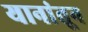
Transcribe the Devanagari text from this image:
यानांतून